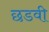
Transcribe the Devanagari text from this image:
छडवी